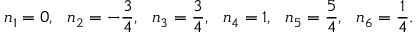
n _ { 1 } = 0 , ~ ~ n _ { 2 } = - { \frac { 3 } { 4 } } , ~ ~ n _ { 3 } = { \frac { 3 } { 4 } } , ~ ~ n _ { 4 } = 1 , ~ ~ n _ { 5 } = { \frac { 5 } { 4 } } , ~ ~ n _ { 6 } = { \frac { 1 } { 4 } } .